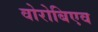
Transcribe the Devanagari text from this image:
वोरोबिएव